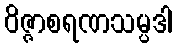
ဝိဇ္ဇာစရဏသမ္ပဒါ